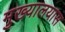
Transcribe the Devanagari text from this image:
मुख्यालयास